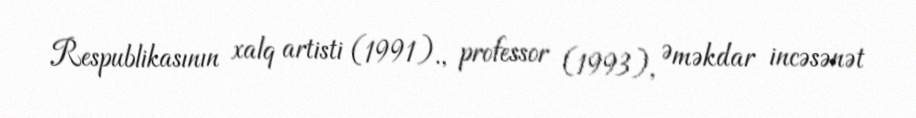
Respublikasının xalq artisti (1991)., professor (1993), Əməkdar incəsənət